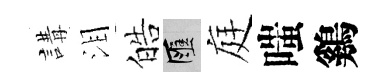
講泪皓匯庭嗤鷄